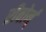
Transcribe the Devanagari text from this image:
रीबोर्न्